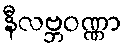
နီလဗ္ဘဝဏ္ဏာ